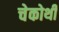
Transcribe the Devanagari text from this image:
चेकोथी